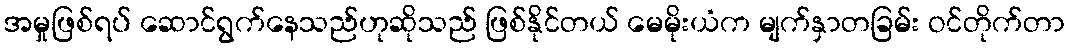
အမှုဖြစ်ရပ် ဆောင်ရွက်နေသည်ဟုဆိုသည် ဖြစ်နိုင်တယ် မေမိုးယံက မျက်နှာတခြမ်း ဝင်တိုက်တာ